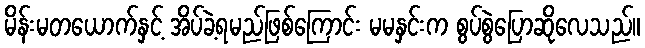
မိန်းမတယောက်နှင့် အိပ်ခဲ့ရမည်ဖြစ်ကြောင်း မမနှင်းက စွပ်စွဲပြောဆိုလေသည်။